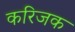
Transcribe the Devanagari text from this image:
करिजक